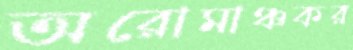
অরোমাঞ্চকর